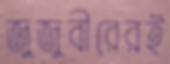
জুজুবীরেরই